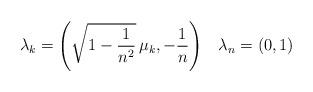
LaTeX: \begin{align*} \lambda_{k} = \Biggl( \sqrt{1-\frac{1}{n^{2}}}\,\mu_{k},-\frac{1}{n}\Biggr) \quad \lambda_{n} = (0,1) \end{align*}